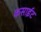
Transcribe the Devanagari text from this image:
कसाईट